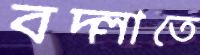
বদ্‌লাতে